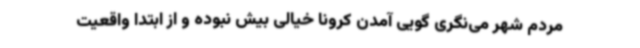
مردم شهر می‌نگری گویی آمدن کرونا خیالی بیش نبوده و از ابتدا واقعیت